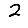
Digit: 2